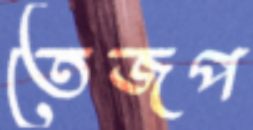
তেজপ